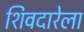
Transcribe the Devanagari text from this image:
शिवदारेला